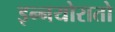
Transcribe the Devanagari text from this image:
इन्नयोरातो